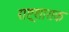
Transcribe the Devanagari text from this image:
राष्ट्रशासक